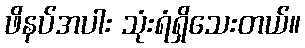
ဖိနပ်အပါး သုံးရံရှိသေးတယ်။